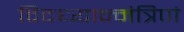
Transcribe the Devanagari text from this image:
विदध्यान्मंत्रिणं